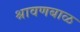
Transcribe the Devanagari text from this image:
श्रावणबाळ